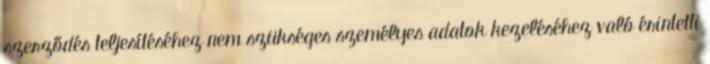
szerződés teljesítéséhez nem szükséges személyes adatok kezeléséhez való érintetti